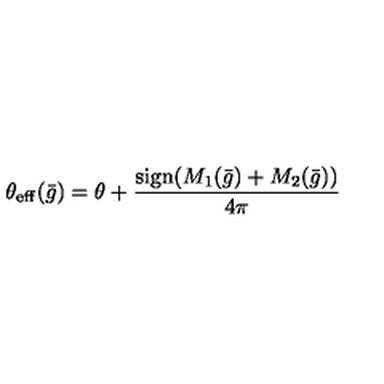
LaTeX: \theta _ { \mathrm { e f f } } ( { \bar { g } } ) = \theta + { \frac { \mathrm { s i g n } ( M _ { 1 } ( { \bar { g } } ) + M _ { 2 } ( { \bar { g } } ) ) } { 4 \pi } }